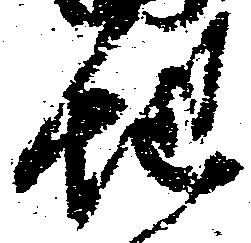
地